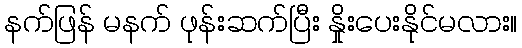
နက်ဖြန် မနက် ဖုန်းဆက်ပြီး နှိုးပေးနိုင်မလား။